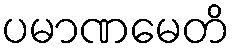
ပမာဏမေတိ